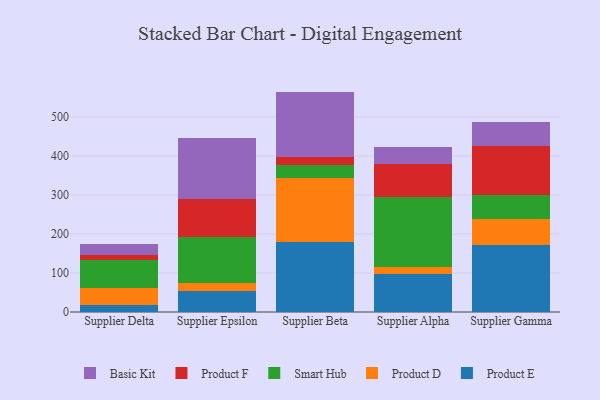
{"axis": {"x": "Supplier", "y": "Production Output"}, "legend": ["Basic Kit", "Product D", "Product E", "Product F", "Smart Hub"], "data": [{"x": "Supplier Delta", "y": 18.1, "type": "Product E"}, {"x": "Supplier Delta", "y": 43.3, "type": "Product D"}, {"x": "Supplier Delta", "y": 72.0, "type": "Smart Hub"}, {"x": "Supplier Delta", "y": 12.1, "type": "Product F"}, {"x": "Supplier Delta", "y": 27.7, "type": "Basic Kit"}, {"x": "Supplier Epsilon", "y": 53.6, "type": "Product E"}, {"x": "Supplier Epsilon", "y": 19.5, "type": "Product D"}, {"x": "Supplier Epsilon", "y": 119.7, "type": "Smart Hub"}, {"x": "Supplier Epsilon", "y": 96.8, "type": "Product F"}, {"x": "Supplier Epsilon", "y": 155.3, "type": "Basic Kit"}, {"x": "Supplier Beta", "y": 178.8, "type": "Product E"}, {"x": "Supplier Beta", "y": 164.9, "type": "Product D"}, {"x": "Supplier Beta", "y": 32.2, "type": "Smart Hub"}, {"x": "Supplier Beta", "y": 21.3, "type": "Product F"}, {"x": "Supplier Beta", "y": 167.9, "type": "Basic Kit"}, {"x": "Supplier Alpha", "y": 97.5, "type": "Product E"}, {"x": "Supplier Alpha", "y": 18.9, "type": "Product D"}, {"x": "Supplier Alpha", "y": 179.6, "type": "Smart Hub"}, {"x": "Supplier Alpha", "y": 83.3, "type": "Product F"}, {"x": "Supplier Alpha", "y": 43.5, "type": "Basic Kit"}, {"x": "Supplier Gamma", "y": 171.1, "type": "Product E"}, {"x": "Supplier Gamma", "y": 66.9, "type": "Product D"}, {"x": "Supplier Gamma", "y": 62.7, "type": "Smart Hub"}, {"x": "Supplier Gamma", "y": 125.4, "type": "Product F"}, {"x": "Supplier Gamma", "y": 60.4, "type": "Basic Kit"}]}